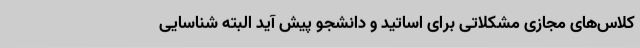
کلاس‌های مجازی مشکلاتی برای اساتید و دانشجو پیش آید البته شناسایی